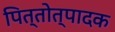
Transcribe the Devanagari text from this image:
पित्तोत्पादक